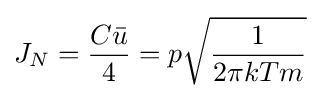
J_{N}={\frac {C{\bar {u}}}{4}}=p{\sqrt {\frac {1}{2\pi kTm}}}